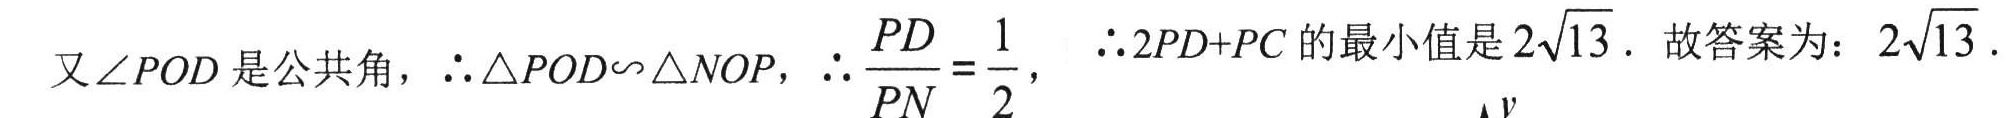
又\(\angle POD\)是公共角，\(\therefore \triangle POD\sim\triangle NOP\)，\(\therefore \frac{PD}{PN}=\frac{1}{2}\)， \(\therefore 2PD + PC\)的最小值是\(2\sqrt{13}\). 故答案为：\(2\sqrt{13}\).